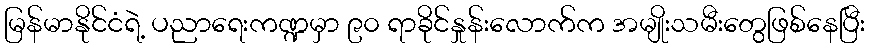
မြန်မာနိုင်ငံရဲ့ ပညာရေးကဏ္ဍမှာ ၉၀ ရာခိုင်နှုန်းလောက်က အမျိုးသမီးတွေဖြစ်နေပြီး